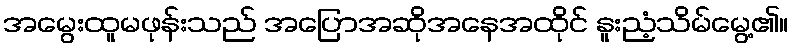
အမွေးထူမဖုန်းသည် အပြောအဆိုအနေအထိုင် နူးညံ့သိမ်မွေ့၏။